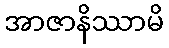
အာဇာနိဿာမိ